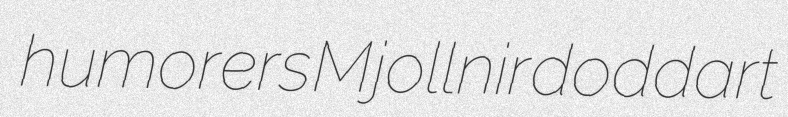
humorers Mjollnir doddart